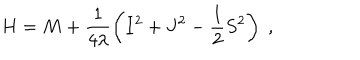
H = M + \frac { 1 } { 4 \lambda } \left( I ^ { 2 } + J ^ { 2 } - \frac { 1 } { 2 } S ^ { 2 } \right) \; ,